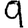
Digit: 9